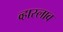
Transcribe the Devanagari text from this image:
व्हास्लाव